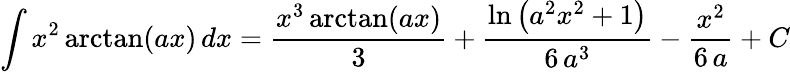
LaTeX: \int x^{2}\arctan(ax)\, dx={\frac{x^{3}\arctan(ax)}{3}}+{\frac{\ln\left(a^{2}x^{2}+1\right)}{6\, a^{3}}}-{\frac{x^{2}}{6\, a}}+C